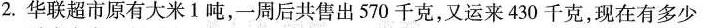
2. 华联超市原有大米Ⅰ吨，一周后共售出570千克，又运来430千克，现在有多少